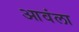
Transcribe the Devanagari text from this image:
आवंला